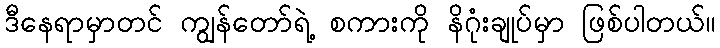
ဒီနေရာမှာတင် ကျွန်တော်ရဲ့ စကားကို နိဂုံးချုပ်မှာ ဖြစ်ပါတယ်။